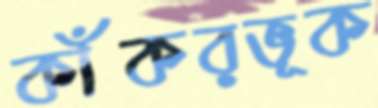
কাঁকরভূক